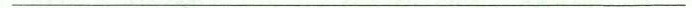
___